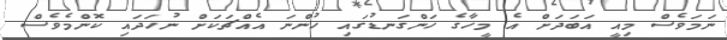
ނަމަވެސް މިއީ އަބަދަށް އެ މީހާގެ ހަންގަނޑުގައި ހުންނަ އެއްޗަކަށް ނުހަދައި ކޮންމެވެސް